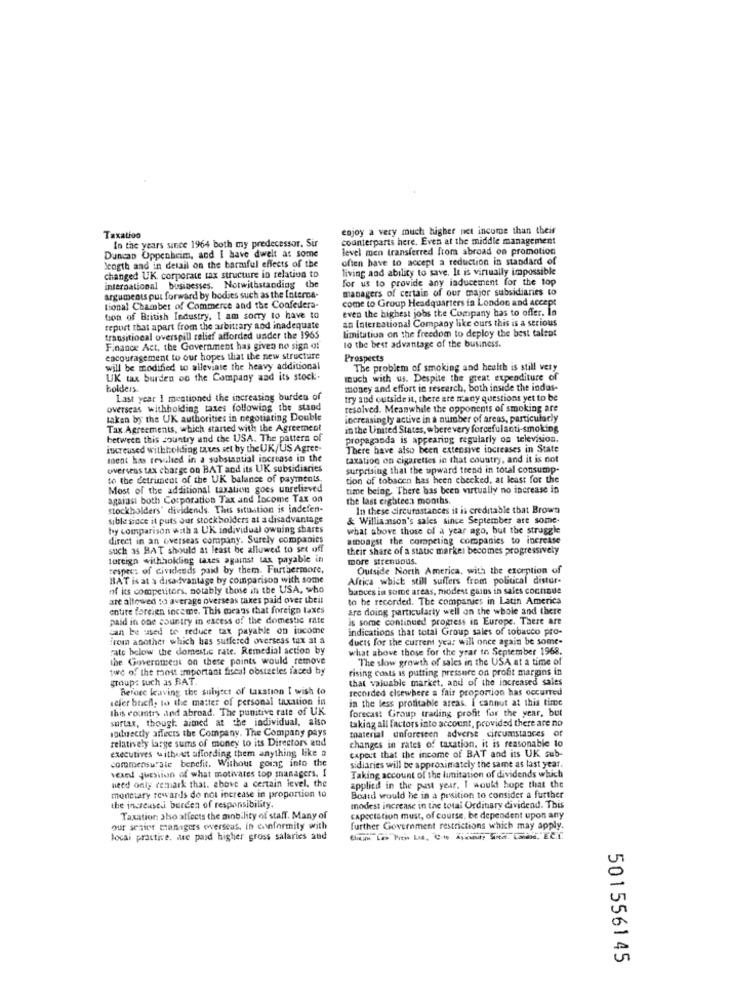
enjoy a very much higher net income than their
Taxatioo
In the years since 1964 both my predecessor. Sir
counterparts here. Even at the middle management
level men transferred from abroad on promotion
Duncan Oppenheim, and I have dwelt at some
often have to accept a reduction in standard of
Length and in detail on the barmful effects of the
living and ability to save. It is virtually impossible
changed UK corporate tax structure in relation to
for us to provide any inducement for the top
international businesses. Notwithstanding the
managers of certain of our major subsidiaries to
arguments put forward by bodies such as the Interce-
come to Group Headquarters in London and accept
tional Chamber of Commerce and the Confedera-
even the highest jobs the Company has to offer. la
tion of British Industry, I am sorry to have to
an International Company like ours this is a serious
report that apart from the arbitrary and inadequate
limitation on the freedom to deploy the best talent
transitional overspill relief afforded under the 1965
Finance Act, the Government has given no sign of
10 the best advantage of the business.
encouragement to our hopes that the new structure
Prospects
will be modified to alleviate the heavy additional
The problem of smoking and health is still very
UK tax burden on the Company and its stock-
much with us. Despite the great expenditure of
bolders.
money and effort in research, both inside the indus-
Last year 1 mentioned the increasing burden of
try and outside it, there are many questions yet to be
overseas withholding taxes following the stand
resolved. Meanwhile the opponents of smoking are
taken by the UK authorities in negotiating Double
increasingly active in a number of areas, particularly
Tax Agreements, which started with the Agreement
in the United States, wherevery forcefulanti-smoking
between this country and the USA. The pattern of
propaganda is appearing regularly on television.
increased withholding taxes set by the UK/US Agree-
There have also been extensive increases in State
ment has resulted in a substantial increase in the
taxation on cigarettes in that country, and it is not
overseas tax charge on HAT and its UK subsidiaries
surprising that the upward trend in total consump-
to the detriment of the UK balance of payments
tion of tobacco has been checked, at least for the
Most of the additional taxation goes unrelieved
time being. There has been virtually no increase in
against both Corporation Tax and Income Tax on
the last eighteen months.
stockholders' dividends. This situation is indefen-
In these circurastances it is creditable that Brown
sible since it puts our stockholders at a disadvantage
& Williamson's sales since September are some-
by comparison with a UK individual owning shares
what above those of a year ago, but the struggle
direct in an overseas company. Surely companies
amongst the competing companies to increase
such as BAT should at least be allowed to set off
their share of a static market becomes progressively
foreign withhokbiog taxes against tax payable in
more strenuous.
respec: of dividends paid by them. Furthermore,
Outside North America, with the exception of
BAT is at a disadvantage by comparison with some
Africa which still suffers from political distor-
of its competitors, notably those in the USA, who
bances in some areas, modest gains in sales continue
are allowed to average overseas takes paid over theil
to be recorded. The companies in Latin America
entire foreign inceme. This means that foreign taxes
are doing particularly well on the whole and there
paid in one country in excess of the domestic rate
is some continued progress in Europe. There are
can be used to reduce tax payable on income
indications that total Group sales of tobacco pro-
From another which has suffered overseas tax at a
ducis for the current year will once again be some-
rate below the domestic rate. Remedial action by
what above those for the year to September 1968.
the Government on these points would remove
"The slow growth of sales in the USA at a time of
twe of the most important fiscal obstacles faced by
rising costs is putting pressure on profit margins in
group: such as BAT.
that valuable market, and of the increased sales
Before kaving the subject of taxation I wish to
recorded elsewhere a fair proportion has occurred
scler brief, to the matter of personal taxation in
in the less profitable areas. I cannut at this time
this country and abroad. The punitive rate of UK.
forecast Group trading profit for the year, but
surtax, though. aimed at the individual, also
taking all factors into account, provided there are no
sodirectly affects the Company. The Company pays
material unforeseen adverse circumstances of
relatively large sums of money to its Directors and
changes in rates of taxation. it is reasonable to
executives without affording them anything like a
capoct that the income of BAT and its UK sub-
commensurate benefit. Without going into the
sidiaries will be approximately the same as last year.
vexed question of what motivates top managers. I
Taking account of the limitation of dividends which
need only remark that. above a certain level. the
applied in the past year. I woukt hope that the
monetary rewards do not increase in proportion to
Boatd would he in a position to consider a further
the increased burden of responsibility.
modest increase in the total Ordinary dividend. This
Taxation also affects the mobility of staff. Many of
capectation must, of course, be dependent upon any
our senior managers overseas, in conformity with
further Government restrictions which may apply.
Bocai practice. we paid higher gross salaries and
501556145